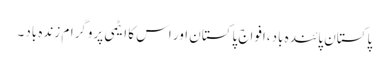
پاکستان پائندہ باد،افواج پاکستان اور اس کا ایٹمی پروگرام زندہ باد۔